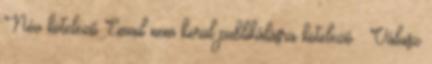
Név kötelező Email nem kerül publikálásra kötelező : Válasz